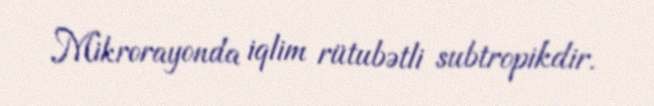
Mikrorayonda iqlim rütubətli subtropikdir.